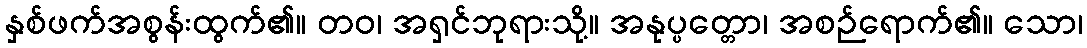
နှစ်ဖက်အစွန်းထွက်၏။ တဝ၊ အရှင်ဘုရားသို့။ အနုပ္ပတ္တော၊ အစဉ်ရောက်၏။ သော၊